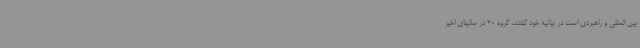
بین المللی و راهبردی است در بیانیه خود گفتند، گروه 20 در سالهای اخیر